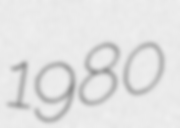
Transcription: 1980